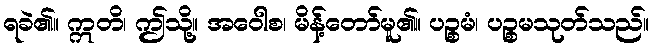
ရခဲ၏။ ဣတိ၊ ဤသို့။ အဝေါစ၊ မိန့်တော်မူ၏။ ပဉ္စမံ၊ ပဉ္စမသုတ်သည်။